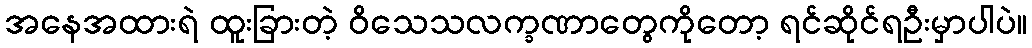
အနေအထားရဲ ထူးခြားတဲ့ ဝိသေသလက္ခဏာတွေကိုတော့ ရင်ဆိုင်ရဦးမှာပါပဲ။